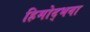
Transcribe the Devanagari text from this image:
हिमोद्भवा